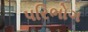
પરિભોગ